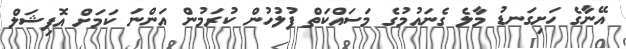
އޭނާގެ ހަށިގަނޑު މާލެ ގެނައުމުގެ މަސައްކަތް ފުލުހުން ކުރަމުން އަންނަ ކަމަށް އޮފިޝަލް